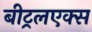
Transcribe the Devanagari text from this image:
बीट्रलएक्स